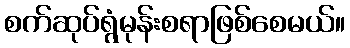
စက်ဆုပ်ရွံမုန်းစရာဖြစ်စေမယ်။